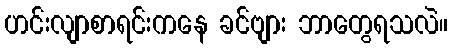
ဟင်းလျာစာရင်းကနေ ခင်ဗျား ဘာတွေရသလဲ။